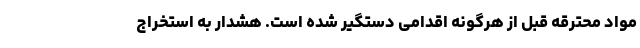
مواد محترقه قبل از هرگونه اقدامی دستگیر شده است. هشدار به استخراج‌